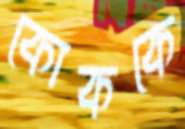
কোককে